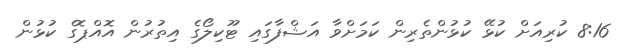
8:16 ކުރިއަށް ކުޅޭ ކުޅުންތެރިން ކަމަށްވާ އަޝްފާގައި ޓޫކިލޯގެ އިތުރުން އޮއްޕޮގެ ކުޅުން